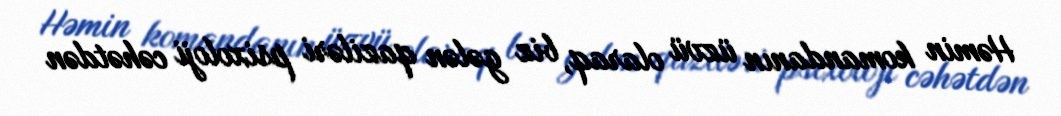
Həmin komandanın üzvü olaraq, biz gələn qaziləri psixoloji cəhətdən